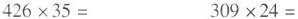
$$426\times35=$$ $$309\times24=$$